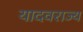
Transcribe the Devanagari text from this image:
यादवराज्य